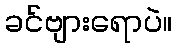
ခင်ဗျားရောပဲ။